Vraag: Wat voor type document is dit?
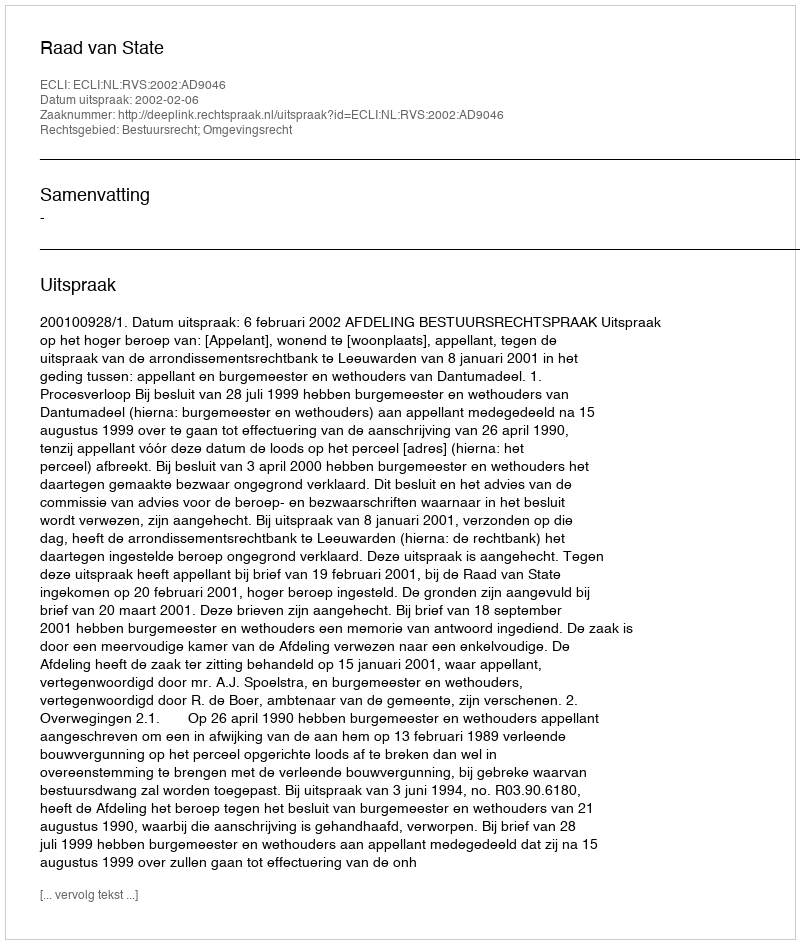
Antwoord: Uitspraak